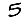
Digit: 5